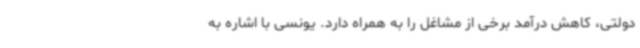
دولتی، کاهش درآمد برخی از مشاغل را به همراه دارد. یونسی با اشاره به